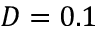
D = 0 . 1